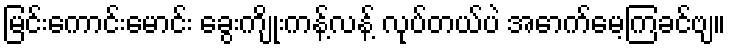
မြင်းကောင်းမောင်း ခွေးကျိုးကန့်လန့် လုပ်တယ်ပဲ အောက်မေ့ကြခင်ဗျ။